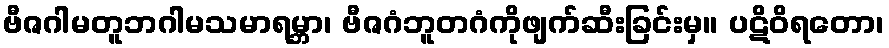
ဗီဇဂါမတူဘဂါမသမာရမ္ဘာ၊ ဗီဇဂံဘူတဂံကိုဖျက်ဆီးခြင်းမှ။ ပဋိဝိရတော၊